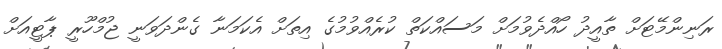
ރަނިންމޭޓަށް ތާއީދު ހޯއްދެވުމަށް މަސައްކަތް ކުރެއްވުމުގެ އިތަށް އެކަމަނާ ގެންދަވަނީ ޖުމްހޫރީ ޕާޓީއަށް